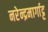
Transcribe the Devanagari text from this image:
नरेन्द्रमार्गाट्ट